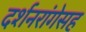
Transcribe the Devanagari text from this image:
दर्शनरांगेसह